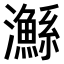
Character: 𤄏